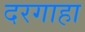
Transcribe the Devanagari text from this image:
दरगाहा